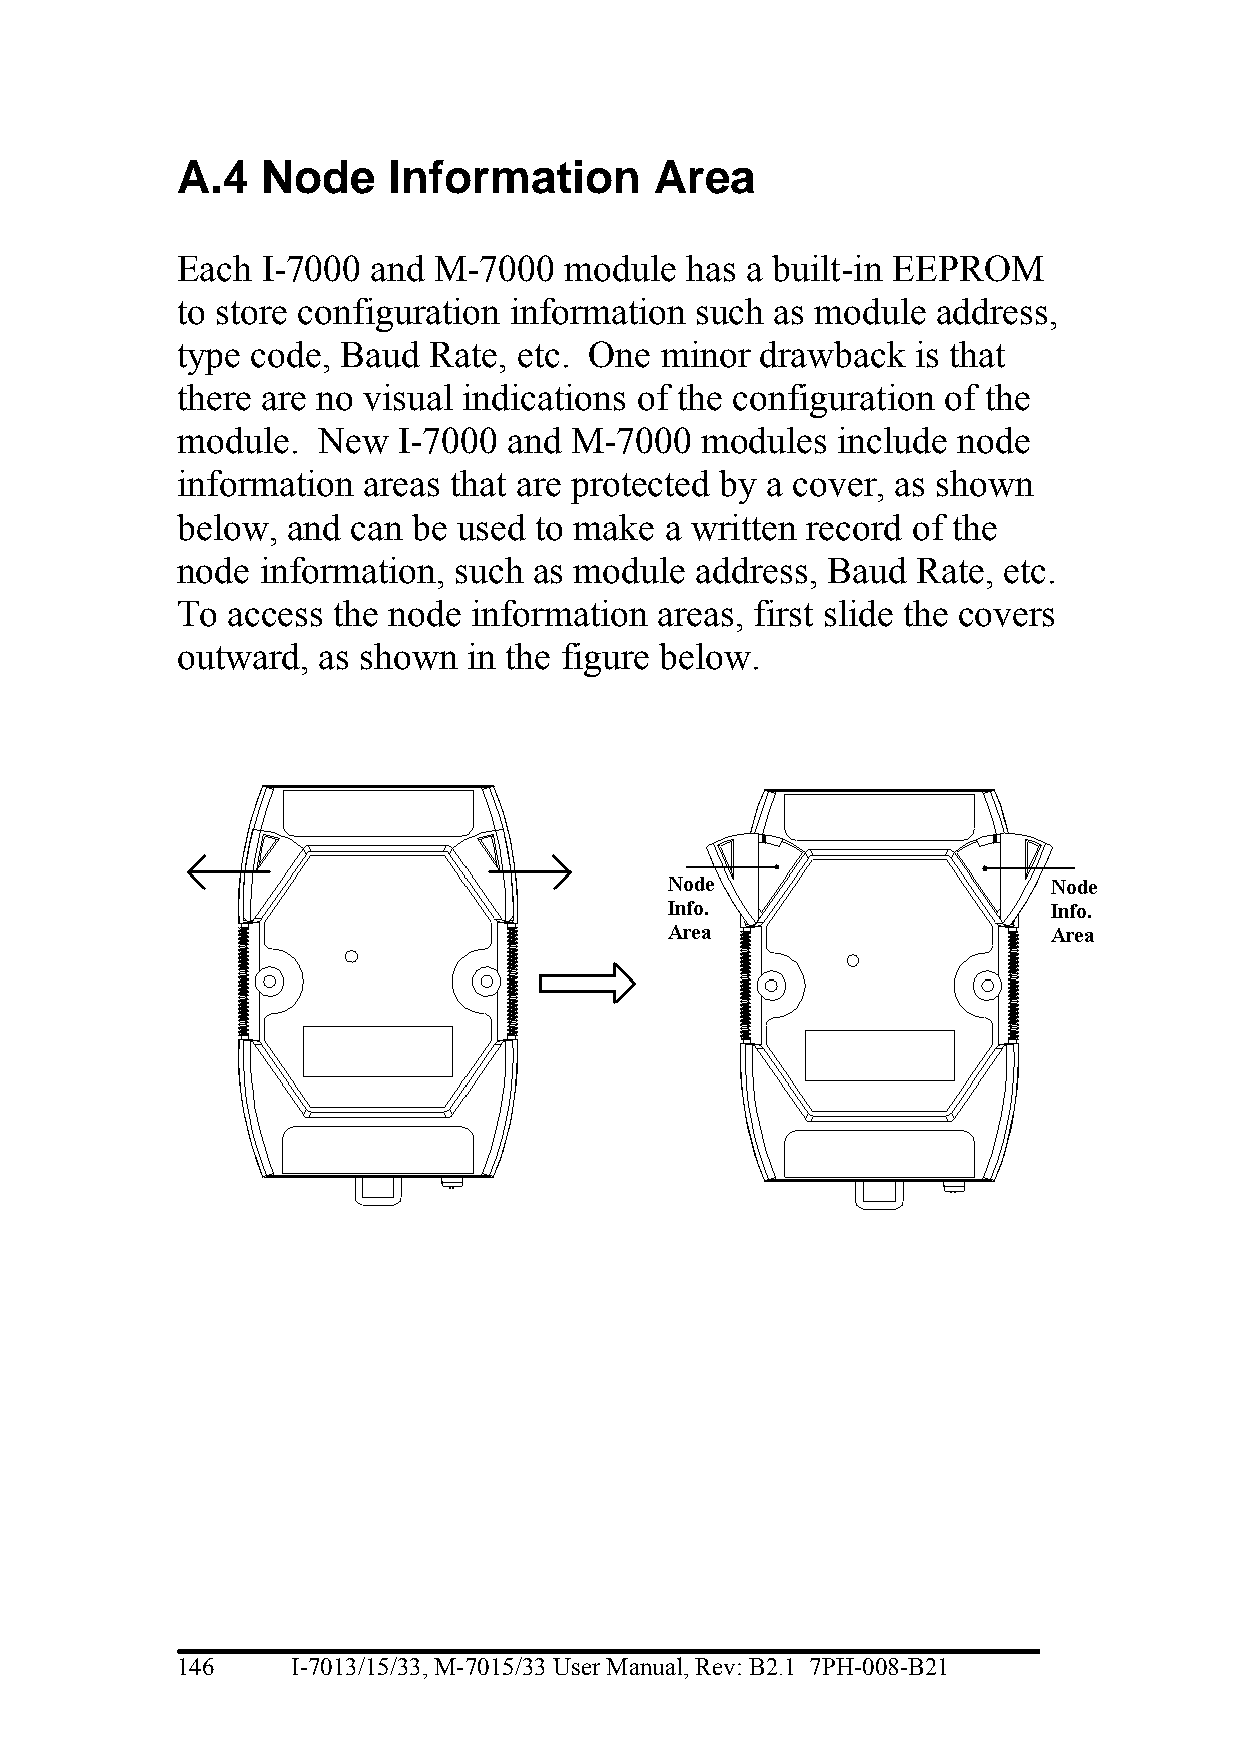
A.4  Node     Information      Area
 Each I-7000  and M-7000  module  has a built-in EEPROM
 to store configuration information such as module address,
 type code, Baud Rate, etc. One  minor drawback   is that
 there are no visual indications of the configuration of the
 module.  New  I-7000  and M-7000  modules  include node
 information areas that are protected by a cover, as shown
 below, and can be used to make  a written record of the
 node information, such as module  address, Baud  Rate, etc.
 To access the node information  areas, first slide the covers
 outward, as shown  in the figure below.
 146    I-7013/15/33, M-7015/33 User Manual, Rev: B2.1 7PH-008-B21